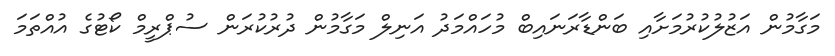
މަގާމުން އަޒުލުކުރުމަށާއި ބަންޑާރަނައިބް މުހައްމަދު އަނިލް މަގާމުން ދުރުކުރަން ސުޕްރީމް ކޯޓުގެ އުއްތަމަ